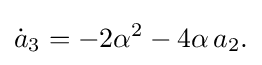
\displaystyle {{\dot {a}}_{3}=-2\alpha ^{2}-4\alpha \,a_{2}.}